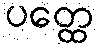
ပတ္ထေ